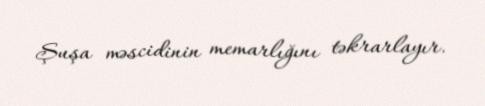
Şuşa məscidinin memarlığını təkrarlayır.